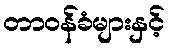
တာဝန်ခံများနှင့်